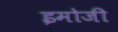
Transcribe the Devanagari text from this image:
इमोजी